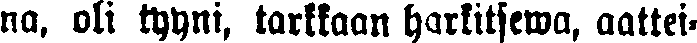
no. oli tyyni, tarkkaan harkitsewa, aattei-